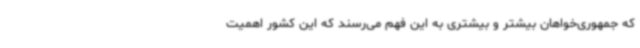
که جمهوری‌خواهان بیشتر و بیشتری به این فهم می‌رسند که این کشور اهمیت